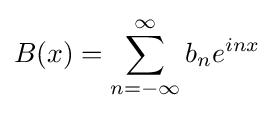
B(x)=\sum _{n=-\infty }^{\infty }b_{n}e^{inx}